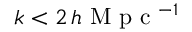
k < 2 \, h \textrm { M p c } { ^ { - 1 } }